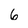
Character: 6